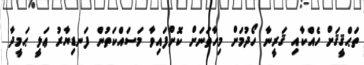
ތަޙްޤީޤަށް ހެއްކާއި ޤަރީނާ ހޯދުމަށް މިހާތަނަށް ކޮށްފައިވާ މަސައްކަތުން ފަނޑިޔާރު ޢަލީ ޙަމީދާ